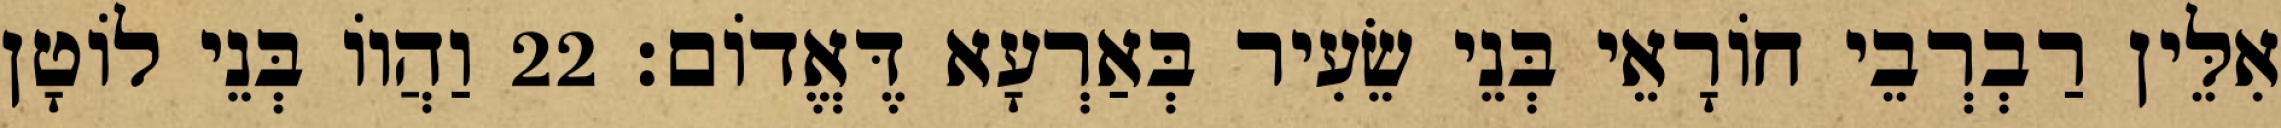
אִלֵּין רַבְרְבֵי חוֹרָאֵי בְּנֵי שֵׂעִיר בְּאַרְעָא דֶּאֱדוֹם׃ 22 וַהֲווֹ בְּנֵי לוֹטָן